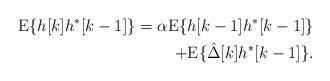
LaTeX: \begin{align*}\mbox{E}\{h[k]h^*[k-1]\}=\alpha\mbox{E} \{h[k-1]h^*[k-1]\}\\+\mbox{E}\{\hat{\Delta}[k]h^*[k-1]\}.\end{align*}